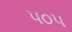
૫૦૫